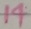
Text: 14